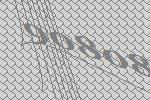
90808